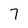
Character: 7